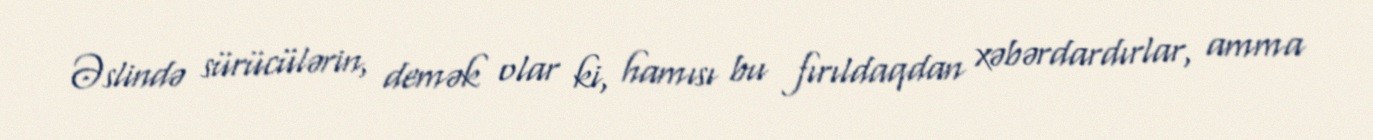
Əslində sürücülərin, demək olar ki, hamısı bu fırıldaqdan xəbərdardırlar, amma